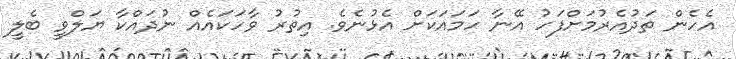
އެހެން ތަދުއެރުމަށްފަހު އޭނާ ހަމައަކަށް އެޅުނެވެ. އިތުރު ވާހަަކައެއް ނުދައްކާ ޔަލްވީ ބެލީ